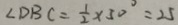
\angle D B C = \frac { 1 } { 2 } \times 5 0 ^ { \circ } = 2 5